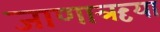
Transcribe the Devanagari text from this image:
जाणाऋया